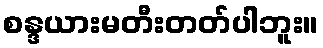
စန္ဒယားမတီးတတ်ပါဘူး။